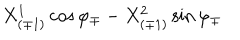
{ X _ { ( \mp 1 ) } ^ { 1 } \cos \varphi _ { \mp } - X _ { ( \mp 1 ) } ^ { 2 } \sin \varphi _ { \mp } }